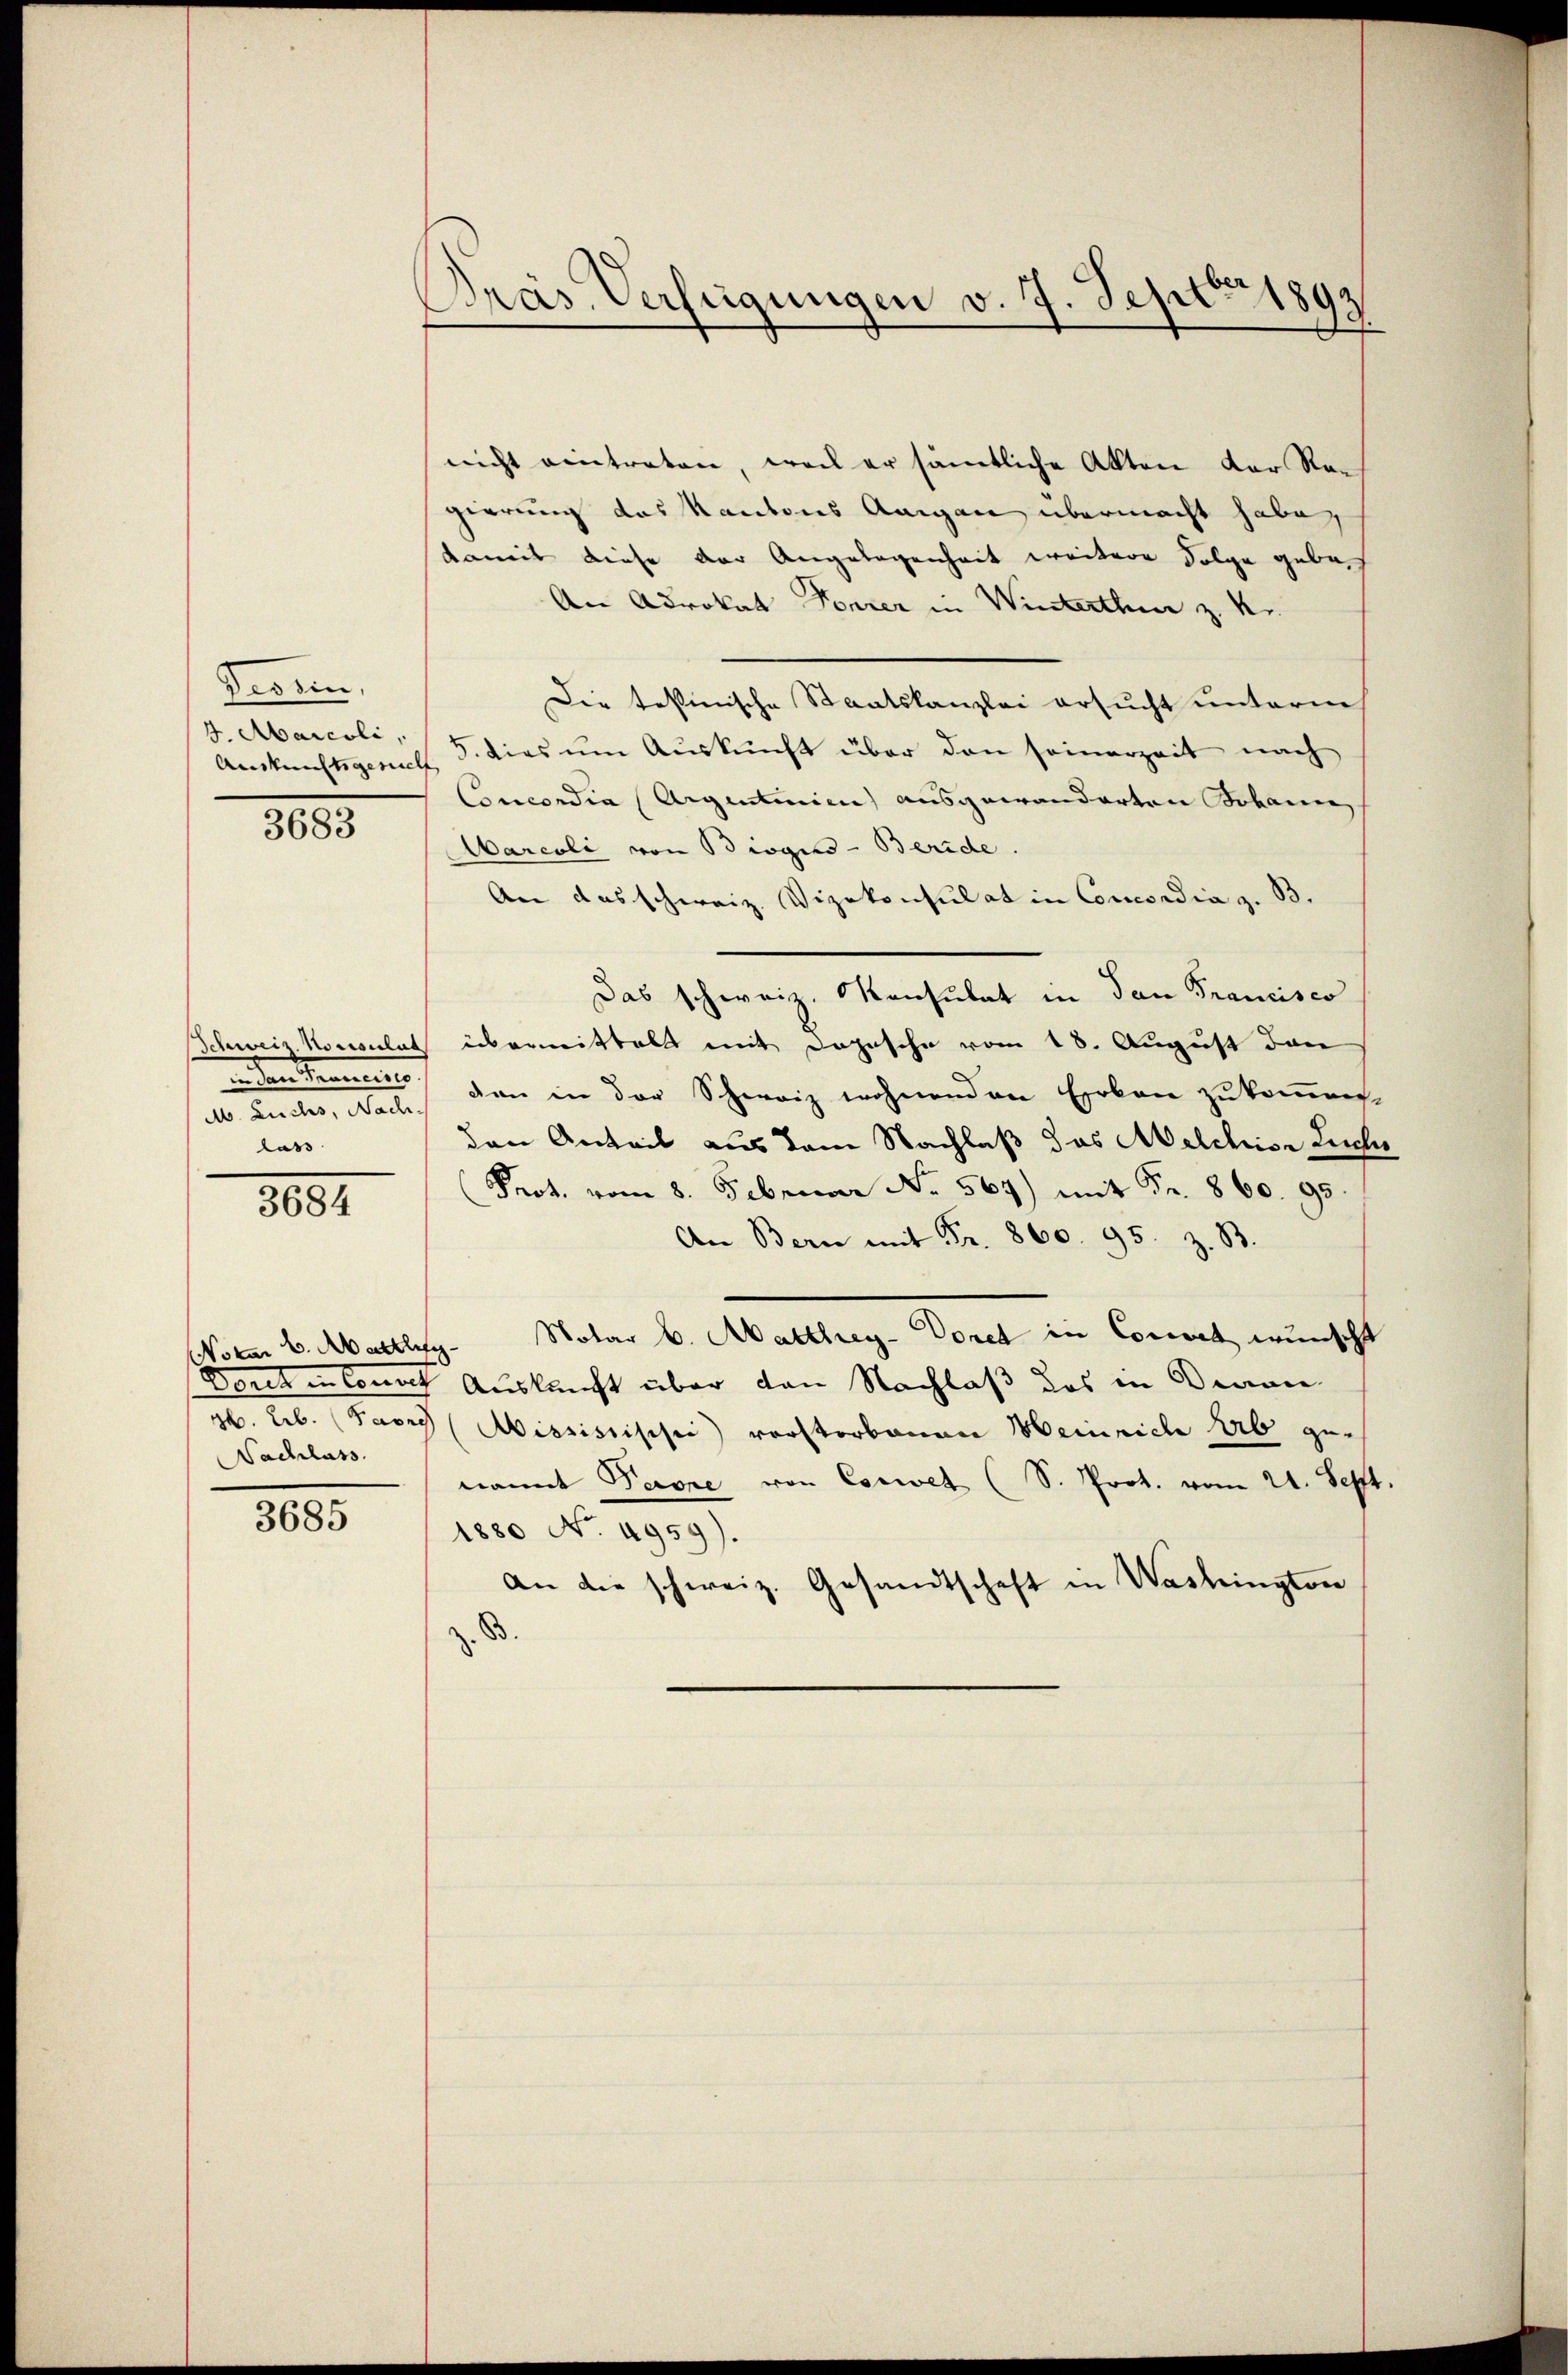
Deonn,
Auskunftsgesucht

3683

M. Luchs, Nach
lass

3000

nicht eintreten, weil er sämtliche Akten der Re-
gierung das Kantons Aargau übermacht habe,
damit diese der Angelegenheit weitere Folge geben
An Advokat Forrer in Winterthur z. K.
Die testinische Staatskanzlei ersucht unterm
4. Abaicoli, 5. dies um Auskunft über den seinerzeit nach
Concordia (Argentinien) ausgewanderten Johanne
Marcoli von Biogin - Beride
An das schweiz. Vizekonsulat in Concordia z. B.
Das schweiz. Konsulat in dan Francisco
Schweiz. Konsulat übermittelt mit Depesche vom 18. August dan
den Kranciis, den in der Schweiz wohnenden Erben zukommen.
den Anteil aus dem Nachlaß das Melchior Lucher
Prot. vom 8. Februar No. 569) mit Fr. 860. 95.
An Bern mit Fr. 860. 95. z. B.
Notar b. Marthey-Doret in Comet wünscht
Sonctiones Auskunft über den Nachlaß das in Began
H. Lb. Parry (Missistischi vorstorbenen Heinriche Erb ge-
nannt Parze von Csewet (S. Prot. vom 21. Sept.
1880 No. 4959).
An die schweiz. Gesandtschaft in Washington
z. B.

NNotar v. Mattle
Nachlass

3685

Präs. Verfügungen v. 7. Septbr 1892